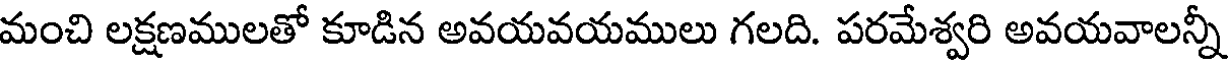
మంచి లక్షణములతో కూడిన అవయవయములు గలది. పరమేశ్వరి అవయవాలన్నీ